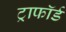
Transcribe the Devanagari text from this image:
ट्राफॉर्ड